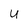
Character: u